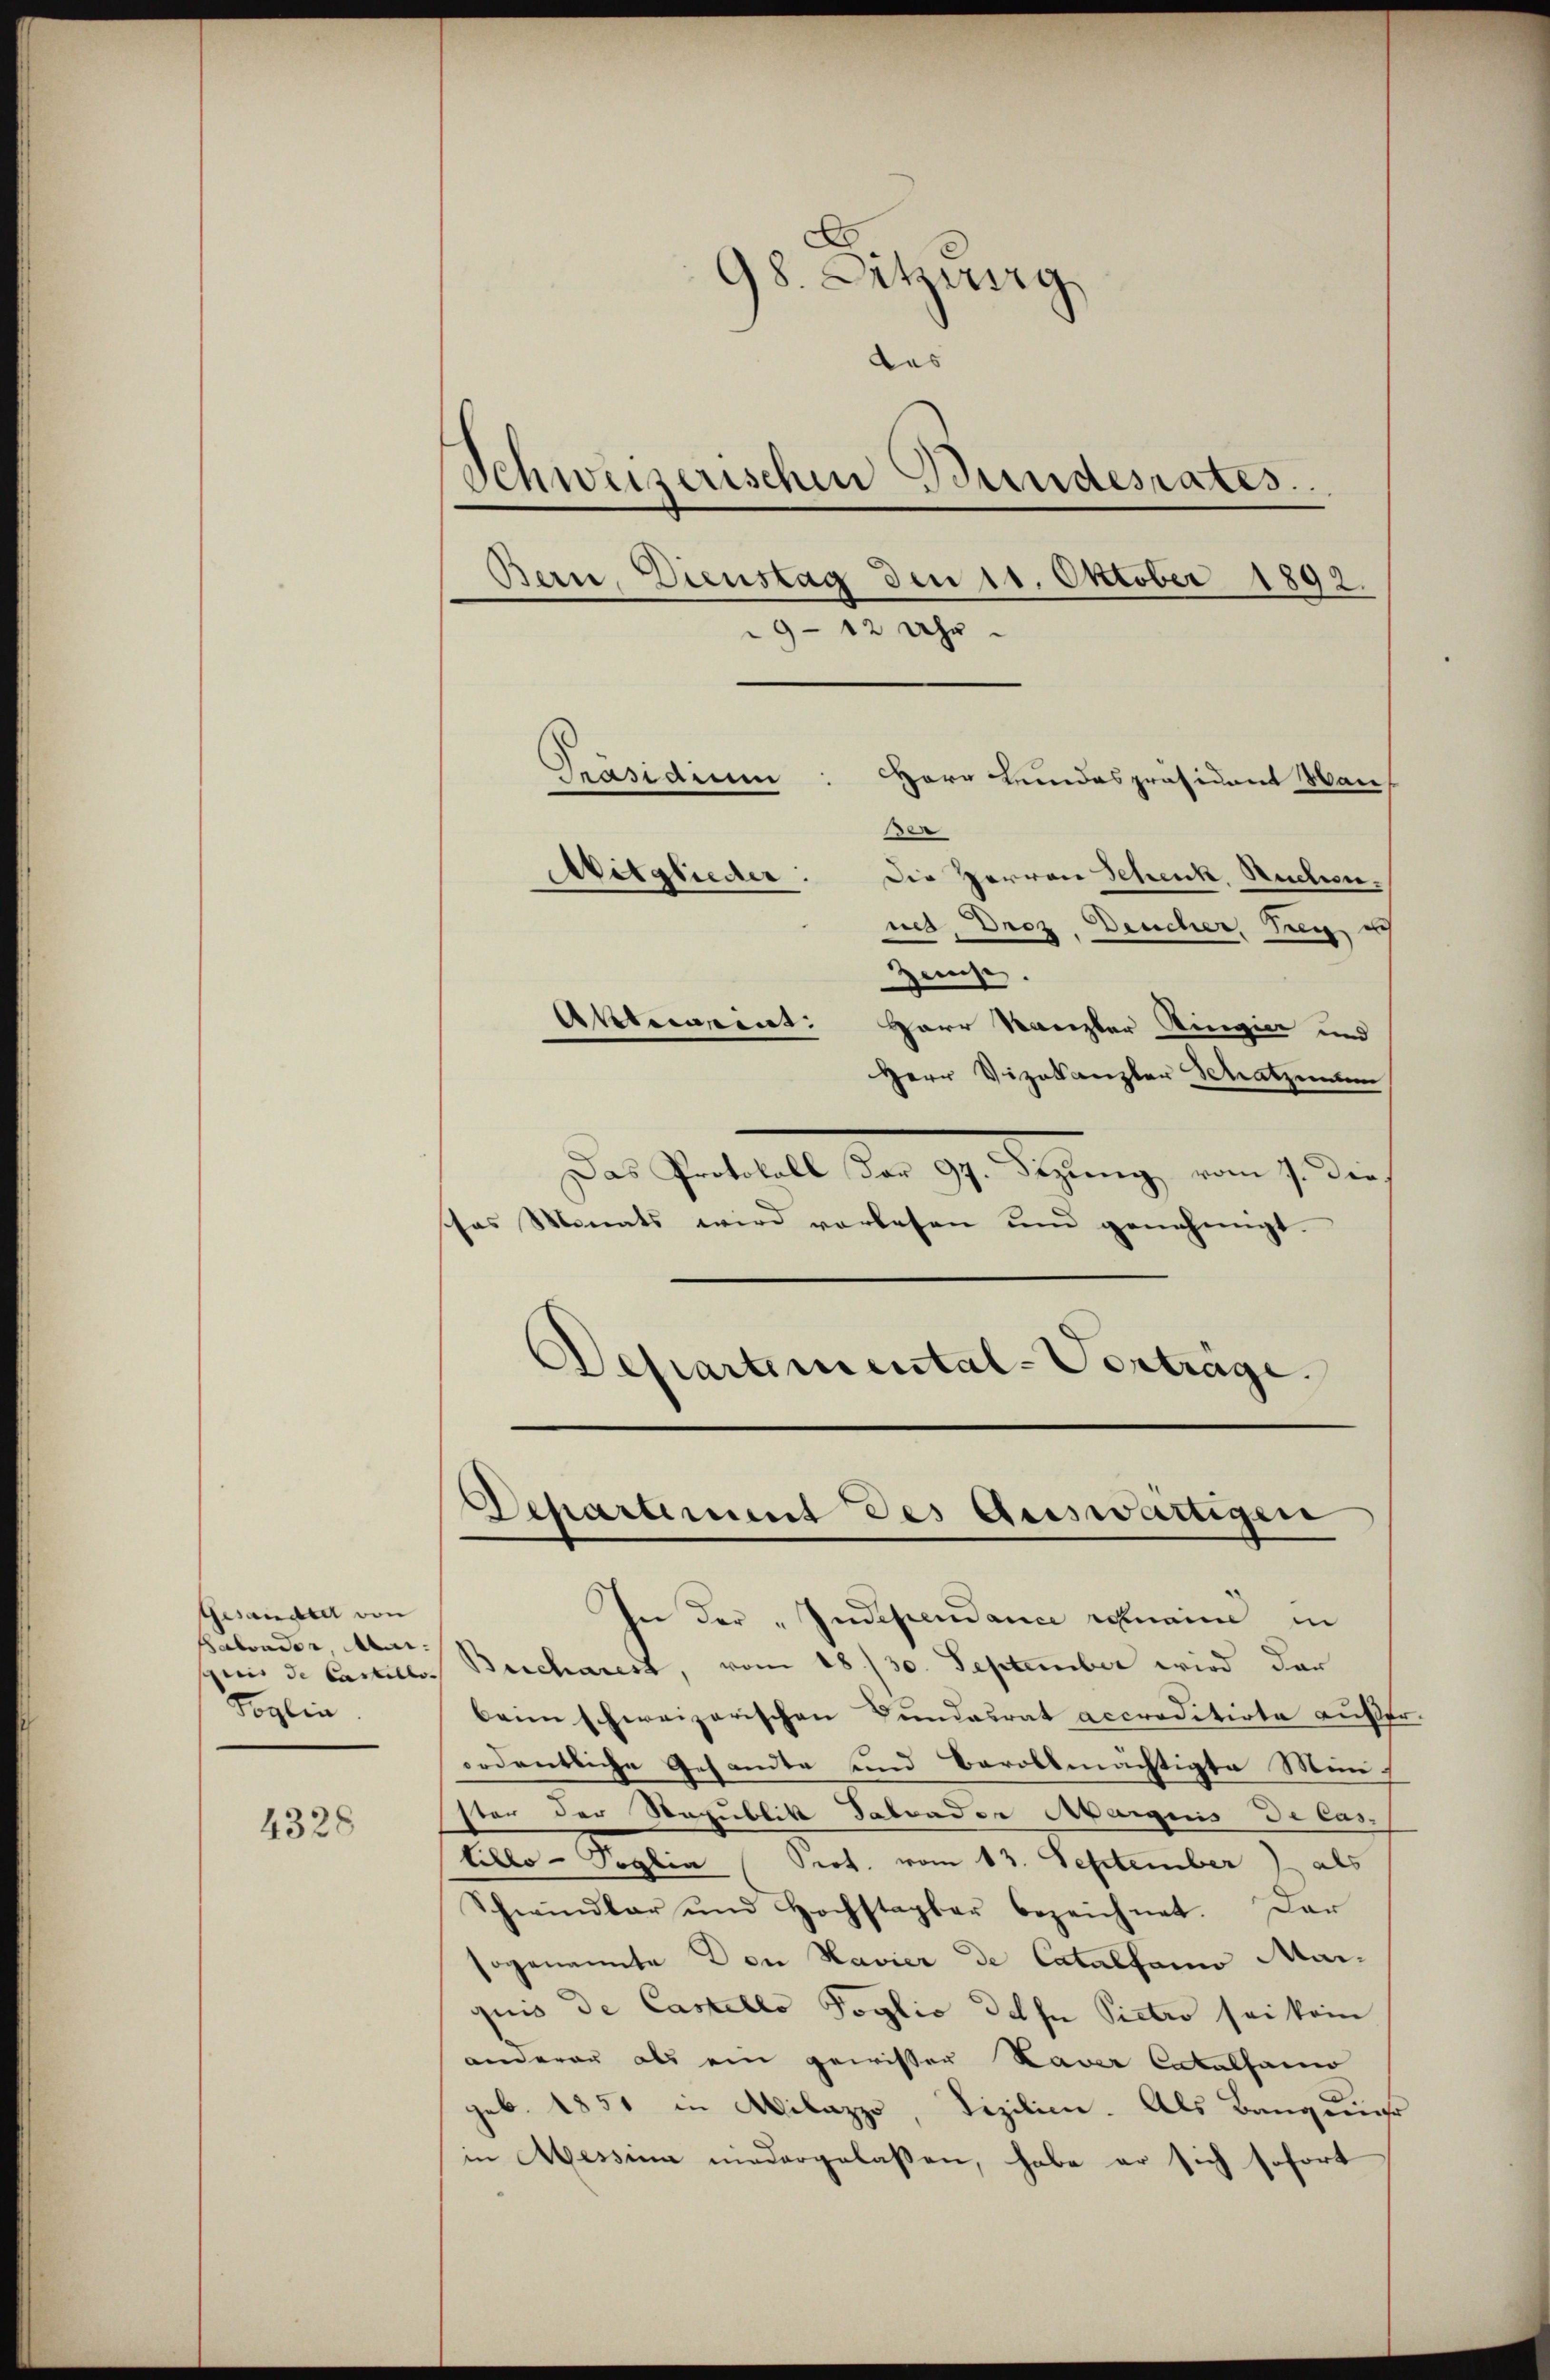
Gesandte von
Babonder Mai:
Foglia

4328

98. Sitzung,
des
Schweizerischen Bundesrates.
Bern, Dienstag den 11. Oktober 1892.
9-12 Uhr.
Präsidiu
Herr Leidespräsident Mane
Mitglieder:
Die Herren Schenk, Ruchen.
net. Droz. Deucher, Seg, u

Zeuse.
Akbecasint: Herr Kanzler Ringier und
Herr Vizekanzler Schatzen
Das Protocoll den 19. Segnung, ein jeden
as Monats wird vorlesen und genehmigt.
¬
Departemental-Vorträge.

In der „Independance romaine in
mi de Castelle Bucharest, vom 18./30. September wird dar
beim schweizerischen Bundesrat accreditirte außerordentliche Gesandte und Barollmächtigte Minis
ster der Republik Fabrader Aargnis de las
lillo-Soglia (Prot. vom 13. September) als
Schwindler und Hochstagbar bezeichnet. Dar
sogenannte Don Havier de Catalfamo Mai-
quis de Castello Poglio desse Pietro sei kein
anderen als ein gewisser Laver Catalhamo
geb. 1851 in Milazzo, Vizilien. Als Baugens
in Messina niedergelaßen, habe er sich sofort

Departement des Auswärtigen